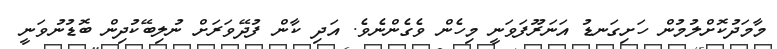
މާމަދުކޮށްލުމުން ހަށިގަނޑު އަނަރޫފަވަނީ މިހެން ވެގެންނެވެ. އަދި ކާން ފުދޭވަރަށް ނުލިބޭކުދިން ބޮޑުނުވަނީ